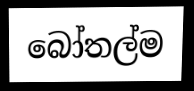
බෝතල්ම